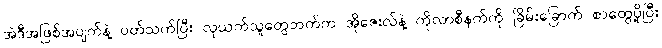
အဲဒီအဖြစ်အပျက်နဲ့ ပတ်သက်ပြီး လုယက်သူတွေဘက်က အိုဇေးလ်နဲ့ ကိုလာစီနက်ကို ခြိမ်းခြောက် စာတွေပို့ပြီး